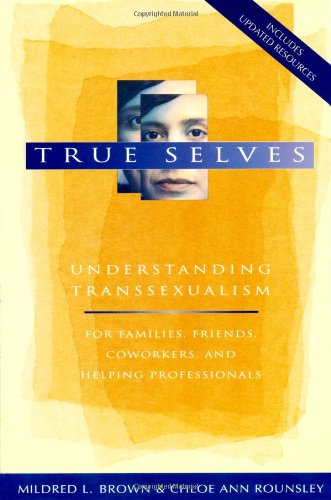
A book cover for True Selves: Understanding Transsexualism--For Families, Friends, Coworkers, and Helping Professionals; Mildred L. Brown; Gay & Lesbian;